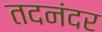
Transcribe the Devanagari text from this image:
तदनंदर